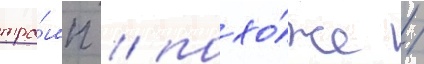
тра́мп / похо́же /